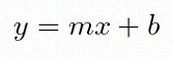
y=mx+b